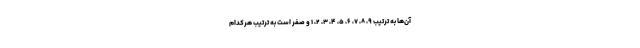
آن‌ها به ترتیب ۹، ۸، ۷، ۶، ۵، ۴، ۳، ۲، ۱ و صفر است به ترتیب هرکدام